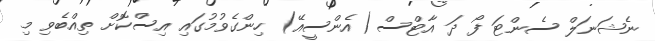
ނެޝަނަލް ސެންޓަ ފޯ ދަ އާޓްސް (އެންސީއޭ) ހިންގެވުމުގައި އިސްކޮށް ތިއްބެވި މި